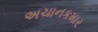
અચાનકમાર